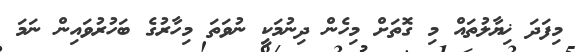
މިފަދަ ޚިޔާލުތައް މި ގޮތަށް މިހެން ދިނުމަކީ ނުވަތަ މިހާރުގެ ބަހުރުވައިން ނަމަ